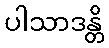
ပါသာဒန္တိ